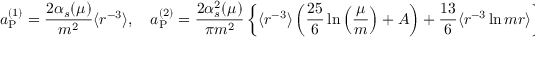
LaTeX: a _ { \mathrm { P } } ^ { ( 1 ) } = \frac { 2 \alpha _ { s } ( \mu ) } { m ^ { 2 } } \langle r ^ { - 3 } \rangle , \quad a _ { \mathrm { P } } ^ { ( 2 ) } = \frac { 2 \alpha _ { s } ^ { 2 } ( \mu ) } { \pi m ^ { 2 } } \left\{ \langle r ^ { - 3 } \rangle \left( \frac { 2 5 } { 6 } \ln \left( \frac { \mu } { m } \right) + A \right) + \frac { 1 3 } { 6 } \langle r ^ { - 3 } \ln m r \rangle \right\}